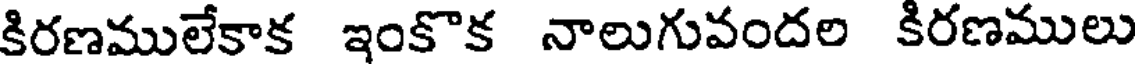
కిరణములేకాక ఇంకొక నాలుగువందల కిరణములు